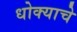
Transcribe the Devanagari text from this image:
धोक्‍याचे